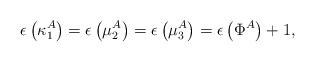
LaTeX: \begin{align*}\epsilon \left( \kappa _{1}^{A}\right) =\epsilon \left( \mu _{2}^{A}\right)=\epsilon \left( \mu _{3}^{A}\right) =\epsilon \left( \Phi ^{A}\right) +1,\end{align*}